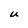
Character: U